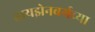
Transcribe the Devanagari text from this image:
हायझेनबर्गच्या